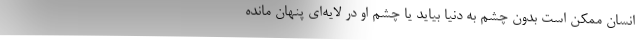
انسان ممکن است بدون چشم به دنیا بیاید یا چشم او در لایه‌ای پنهان مانده